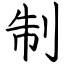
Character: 制